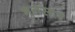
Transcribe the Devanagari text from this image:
भुतसार